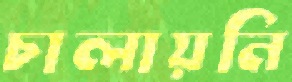
চালায়নি